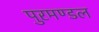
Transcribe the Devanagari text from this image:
पुरमण्डल